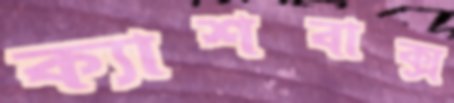
ক্যাশবাক্‌স